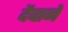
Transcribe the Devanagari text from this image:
दैवानें